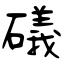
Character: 礒